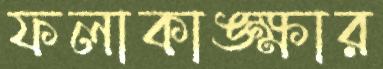
ফলাকাঙ্ক্ষার